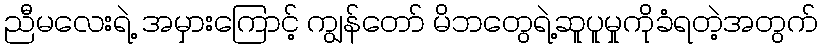
ညီမလေးရဲ့ အမှားကြောင့် ကျွန်တော် မိဘတွေရဲ့ဆူပူမှုကိုခံရတဲ့အတွက်